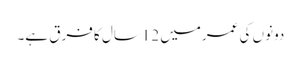
دونوں کی عمرمیں 12سال کا فرق ہے۔